Annual vaccination report of Bihar and Orissa - 1911-1928
Year: 1911
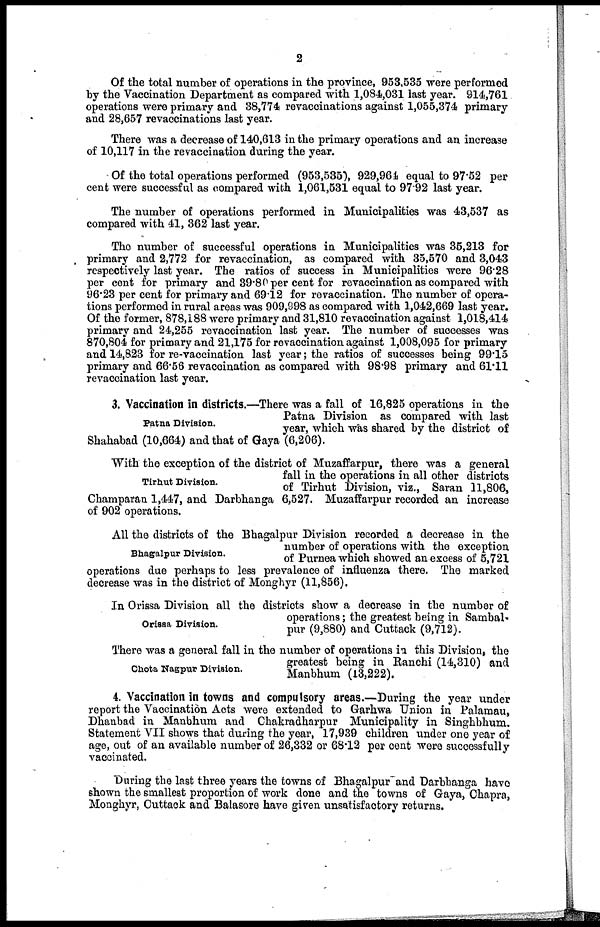
2
Of the total number of operations in the province, 953,535 were performed
by the Vaccination Department as compared with 1,084,031 last year. 914,761
operations were primary and 38,774 revaccinations against 1,055,374 primary
and 28,657 revaccinations last year.
There was a decrease of 140,613 in the primary operations and an increase
of 10,117 in the revaccination during the year.
Of the total operations performed (953,535), 929,964 equal to 97.52 per
cent were successful as compared with 1,061,531 equal to 97.92 last year.
The number of operations performed in Municipalities was 43,537 as
compared with 41, 362 last year.
The number of successful operations in Municipalities was 35,213 for
primary and 2,772 for revaccination, as compared with 35,570 and 3,043
respectively last year. The ratios of success in Municipalities were 96.28
per cent for primary and 39.80 per cent for revaccination as compared with
96.23 per cent for primary and 69.12 for revaccination. The number of opera-
tions performed in rural areas was 909,998 as compared with 1,042,669 last year.
Of the former, 878,188 were primary and 31,810 revaccination against 1,018,414
primary and 24,255 revaccination last year. The number of successes was
870,804 for primary and 21,175 for revaccination against 1,008,095 for primary
and 14,823 for re-vaccination last year; the ratios of successes being 99.15
primary and 66.56 revaccination as compared with 98.98 primary and 61.11
revaccination last year.
Patna Division.
3. Vaccination in districts.—There was a fall of 16,825 operations in the
Patna Division as compared with last
year, which was shared by the district of
Shahabad (10,664) and that of Gaya (6,206).
Tirhut Division.
With the exception of the district of Muzaffarpur, there was a general
fall in the operations in all other districts
of Tirhut Division, viz., Saran 11,806,
Champaran 1,447, and Darbhanga 6,527. Muzaffarpur recorded an increase
of 902 operations.
Bhagalpur Division.
All the districts of the Bhagalpur Division recorded a decrease in the
number of operations with the exception
of Purnea which showed an excess of 5,721
operations due perhaps to less prevalence of influenza there. The marked
decrease was in the district of Monghyr (11,856).
Orissa Division.
In Orissa Division all the districts show a decrease in the number of
operations; the greatest being in Sambal-
pur (9,880) and Cuttack (9,712).
Chota Nagpur Division.
There was a general fall in the number of operations in this Division, the
greatest being in Ranchi (14,310) and
Manbhum (13,222).
4. Vaccination in towns and compulsory areas.—During the year under
report the Vaccination Acts were extended to Garhwa Union in Palamau,
Dhanbad in Manbhum and Chakradharpur Municipality in Singhbhum,
Statement VII shows that during the year, 17,939 children under one year of
age, out of an available number of 26,332 or 68.12 per cent were successfully
vaccinated.
During the last three years the towns of Bhagalpur and Darbhanga have
shown the smallest proportion of work done and the towns of Gaya, Chapra,
Monghyr, Cuttack and Balasore have given unsatisfactory returns.